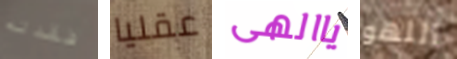
فقدته عقليا ياالهى اللهو